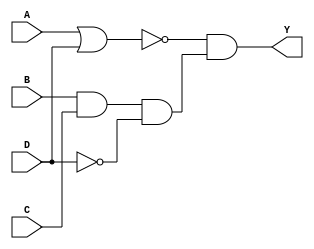
module comb_str(output Y,
                input A,B,C,D);
wire out1, out2, out3, out4;
not u1(out1, D);
or u3(out3, A, D);
and u4(out4, B, C, out1);
not u2(out2, out3);
and u5(Y, out2, out4);
endmodule